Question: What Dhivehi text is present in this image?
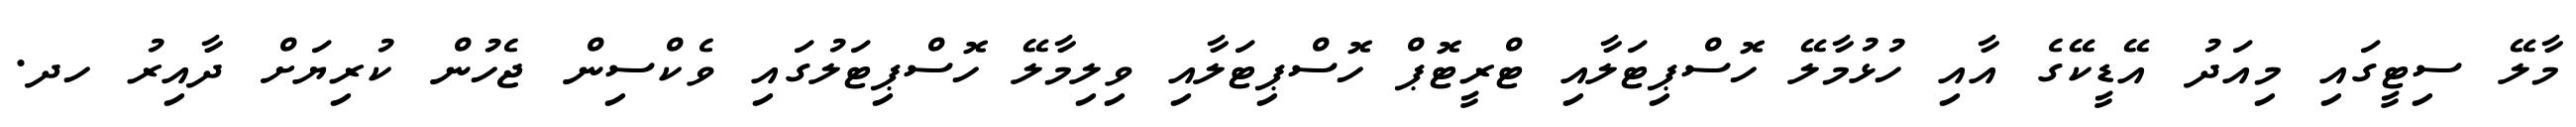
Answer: މާލޭ ސިޓީގައި މިއަދު އޭޑީކޭގެ އާއި ހުޅުމާލޭ ހޮސްޕިޓަލާއި ޓްރީޓޮޕް ހޮސްޕިޓަލާއި ވިލިމާލޭ ހޮސްޕިޓަލުގައި ވެކްސިން ޖެހުން ކުރިޔަށް ދާއިރު ހދ.